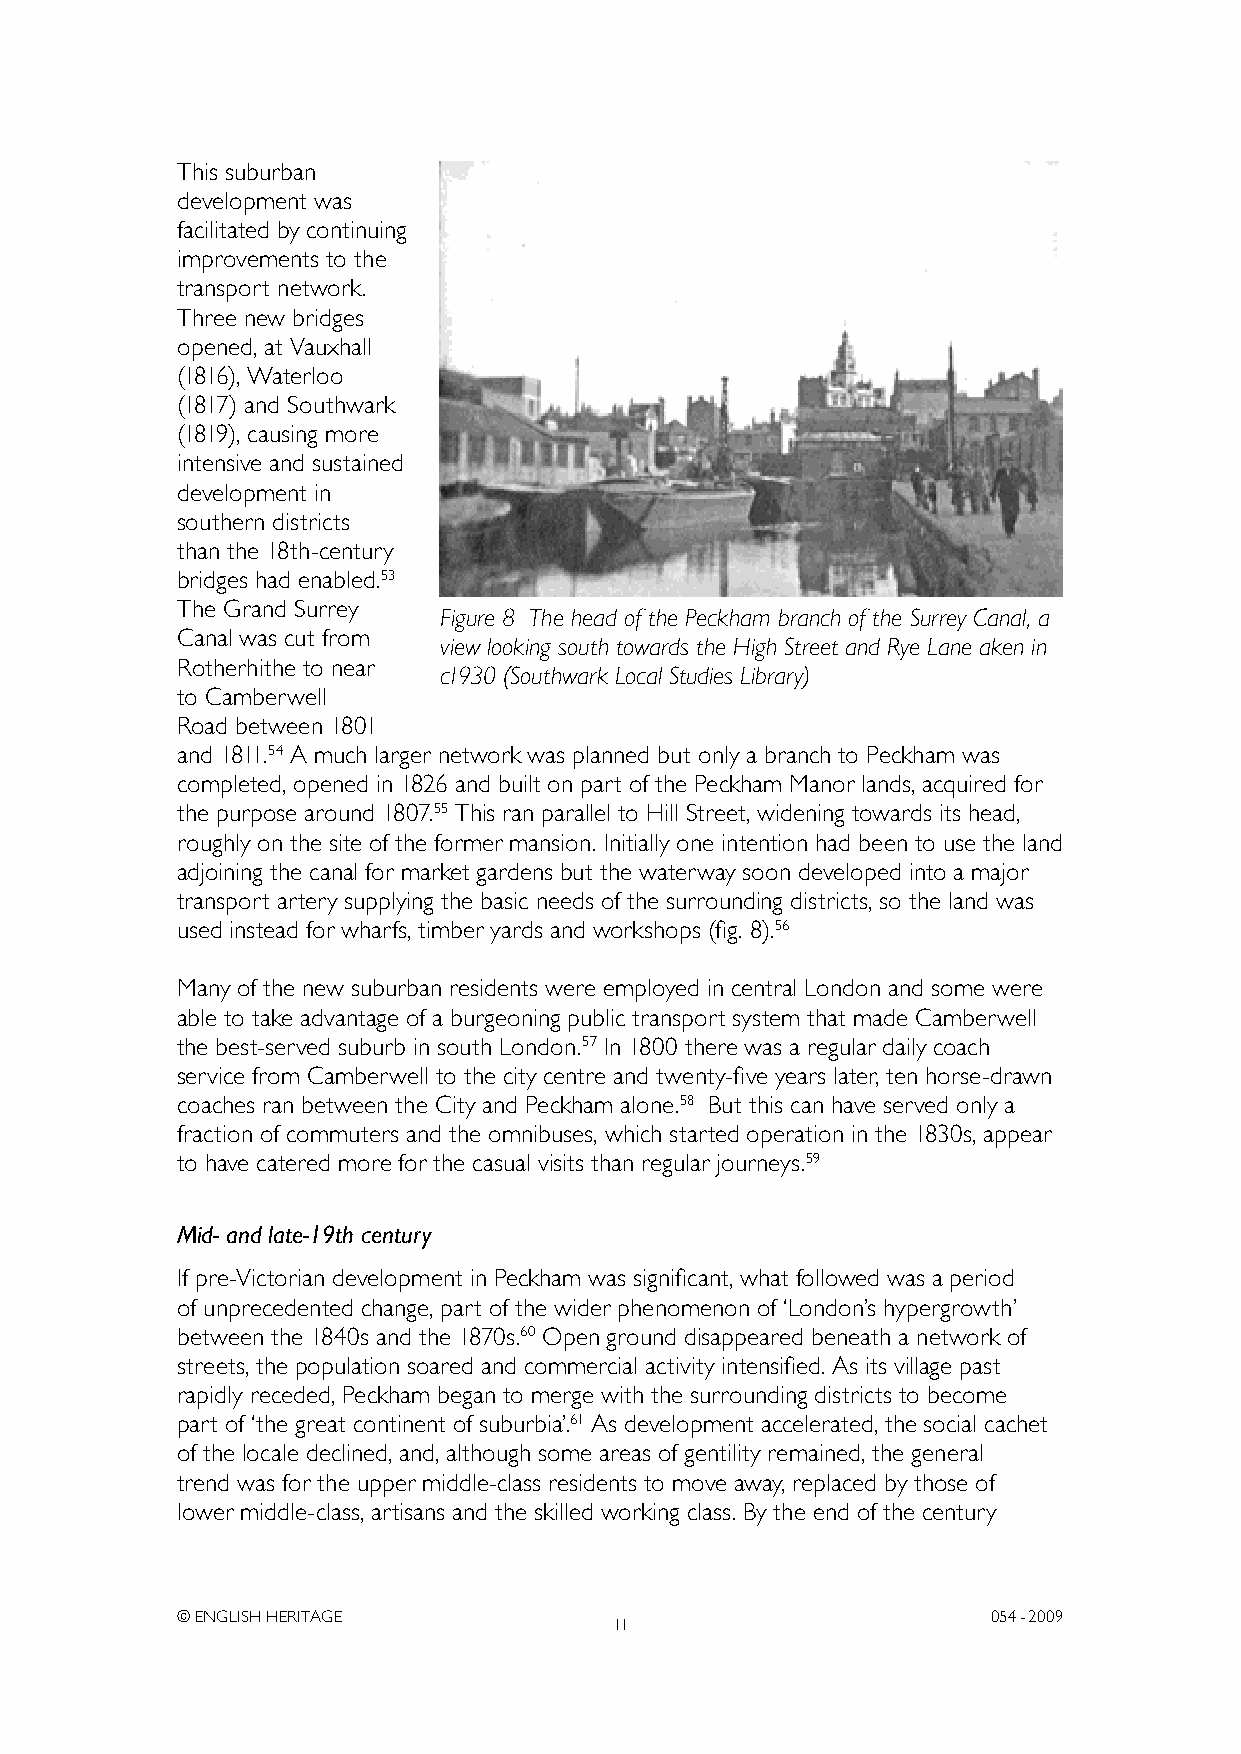
This suburban
 development was
 facilitated by continuing
 improvements to the
 transport network.
 Three new bridges
 opened, at Vauxhall
 (1816), Waterloo
 (1817) and Southwark
 (1819), causing more
 intensive and sustained
 development in
 southern districts
 than the 18th-century
 bridges had enabled.53
 The Grand Surrey
 Figure 8 The head of the Peckham branch of the Surrey Canal, a
 Canal was cut from
 view looking south towards the High Street and Rye Lane aken in
 Rotherhithe to near
 c1930 (Southwark Local Studies Library)
 to Camberwell
 Road between 1801
 and 1811.54 A much larger network was planned but only a branch to Peckham was
 completed, opened in 1826 and built on part of the Peckham Manor lands, acquired for
 the purpose around 1807.55 This ran parallel to Hill Street, widening towards its head,
 roughly on the site of the former mansion. Initially one intention had been to use the land
 adjoining the canal for market gardens but the waterway soon developed into a major
 transport artery supplying the basic needs of the surrounding districts, so the land was
 used instead for wharfs, timber yards and workshops (fig. 8).56
 Many of the new suburban residents were employed in central London and some were
 able to take advantage of a burgeoning public transport system that made Camberwell
 the best-served suburb in south London.57 In 1800 there was a regular daily coach
 service from Camberwell to the city centre and twenty-five years later, ten horse-drawn
 coaches ran between the City and Peckham alone.58 But this can have served only a
 fraction of commuters and the omnibuses, which started operation in the 1830s, appear
 to have catered more for the casual visits than regular journeys.59
 Mid- and late-19th century
 If pre-Victorian development in Peckham was significant, what followed was a period
 of unprecedented change, part of the wider phenomenon of ‘London’s hypergrowth’
 between the 1840s and the 1870s.60 Open ground disappeared beneath a network of
 streets, the population soared and commercial activity intensified. As its village past
 rapidly receded, Peckham began to merge with the surrounding districts to become
 part of ‘the great continent of suburbia’.61 As development accelerated, the social cachet
 of the locale declined, and, although some areas of gentility remained, the general
 trend was for the upper middle-class residents to move away, replaced by those of
 lower middle-class, artisans and the skilled working class. By the end of the century
 © ENGLISH HERITAGE                                    054- 2009
 11